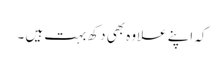
کہ اپنے علاوہ بھی دکھ بہت ہیں ۔